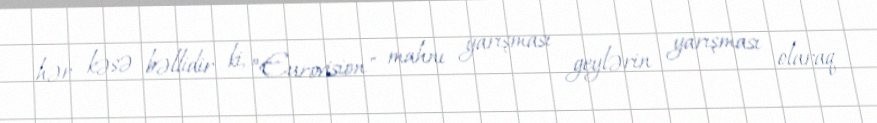
hər kəsə bəllidir ki, ”Eurovision" mahnı yarışması geylərin yarışması olaraq